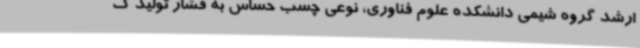
ارشد گروه شیمی دانشکده علوم فناوری، نوعی چسب حساس به فشار تولید ک